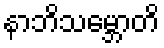
နာဘိသမ္ဘောတိ